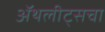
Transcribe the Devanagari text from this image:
ॲथलीट्सचा